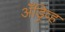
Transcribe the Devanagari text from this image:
अँड्रिव्ह